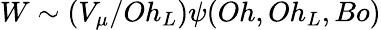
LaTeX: W\sim(V_{\mu}/Oh_{L})\psi(Oh,Oh_{L},Bo)